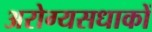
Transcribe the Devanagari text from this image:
अरोग्यसधाकों